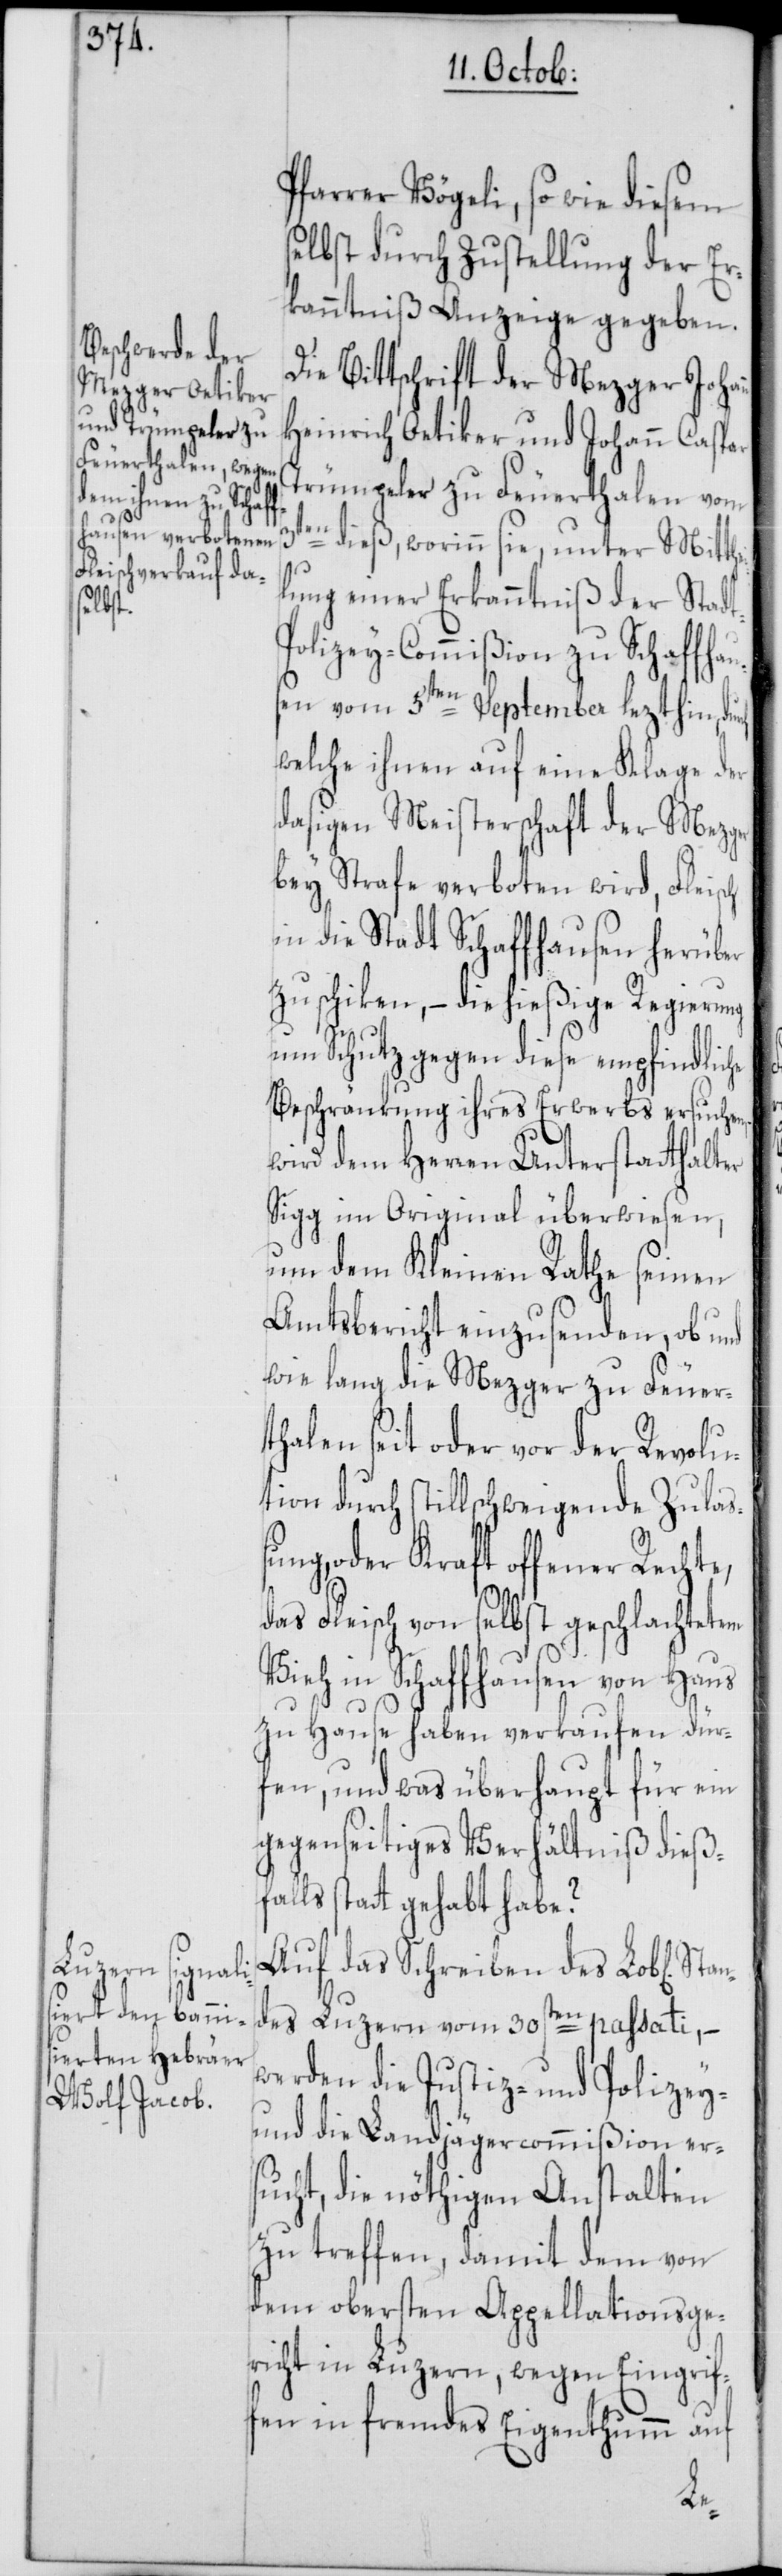
t-P¬

Pfarrer Vögeli, so wie diesem
lbst durch Zustellung der Er¬
kanntniß Anzeige gegeben.
Die Bittschrift der Mezger Joha¬
Heinrich Oetiker und Johann Caspar
Trümpeler zu Feuerthalen vom
dieß, worinn sie, unter Mitthe¬
lung einer Erkanntniß der Stad¬
olizey-Commißion zu Schaffhau¬
sen vom 5ten September lezthin,
welche ihnen auf eine Klage der
dasigen Meisterschaft der Mezger
bey Strafe verboten wird, Fleisch
in die Stadt Schaffhausen herüber
zu schiken, – die hießige Regierung
um Schutz gegen diese empfindliche
Beschränkung ihres Erwerbs ersuchen,
wird dem Herren Unterstatthalter
Sigg im Original überwiesen,
um dem Kleinen Rathe seinen
Amtsbericht einzusenden, ob und
wie lang die Mezger zu Feuer¬
thalen seit oder vor der Revolu¬
tion durch stillschweigende Zulaß¬
ung, oder Kraft offener Rechte,
das Fleisch von selbst geschlachtetem
Vieh in Schaffhausen von Haus
zu Hause haben verkaufen dür¬
fen, und was überhaupt für ein
gegenseitiges Verhältniß dieß¬
falls statt gehabt habe?
Auf das Schreiben des Lob[lichen]
des Luzern vom 30sten passati, –
werden die Justiz- und Polizey-
und die Landjägercommißion ers¬
ucht, die nöthigen Anstalten
zu treffen, damit dem von
dem obersten Appellationsge¬
richt in Luzern, wegen Eingrif¬
fen in fremdes Eigenthumm auf
an¬